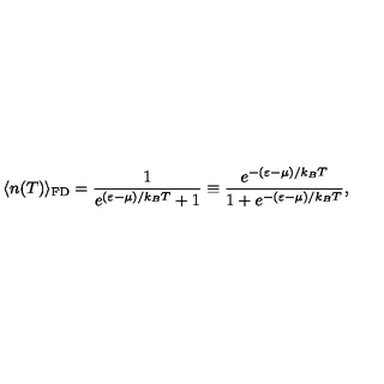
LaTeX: \langle n ( T ) \rangle _ { \mathrm { { F D } } } = \frac { 1 } { e ^ { ( \varepsilon - \mu ) / k _ { B } T } + 1 } \equiv \frac { e ^ { - ( \varepsilon - \mu ) / k _ { B } T } } { 1 + e ^ { - ( \varepsilon - \mu ) / k _ { B } T } } ,